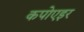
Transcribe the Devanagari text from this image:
कपोएइर